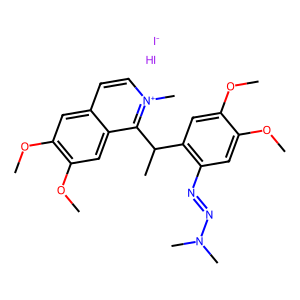
SMILES: COc1cc(N=NN(C)C)c(C(C)c2c3cc(OC)c(OC)cc3cc[n+]2C)cc1OC.I.[I-]
Inhibits HIV replication: No